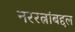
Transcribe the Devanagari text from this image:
नररत्नांबद्दल